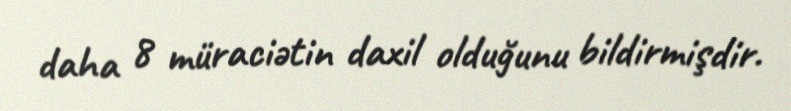
daha 8 müraciətin daxil olduğunu bildirmişdir.